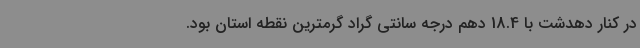
در کنار دهدشت با 18.4 دهم درجه سانتی گراد گرمترین نقطه استان بود.